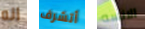
انه أتشرف الانسه